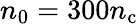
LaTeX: n_{0}=300n_{\mathrm{c}}